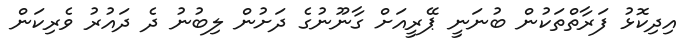
އިދިކޮޅު ފަރާތްތަކުން ބުނަނީ ޕޭރީއަށް ގާނޫނުގެ ދަށުން ލިބުނު ދެ ދައުރު ވެރިކަން